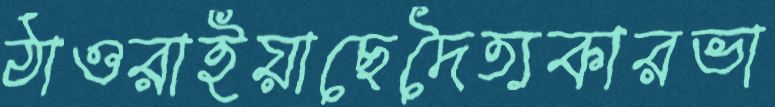
ঠাওরাইয়াছেদৈত্যকারভা